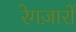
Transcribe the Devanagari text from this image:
रेगज़ारों